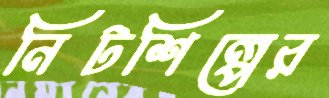
নিটশিল্পের